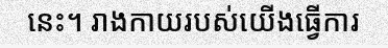
នេះ។ រាងកាយរបស់យើងធ្វើការ